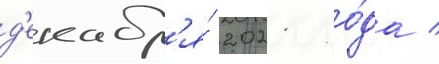
д'екабр'я́ 2021 го́да /